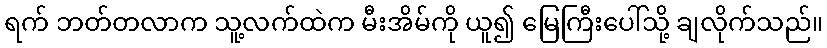
ရက် ဘတ်တလာက သူ့လက်ထဲက မီးအိမ်ကို ယူ၍ မြေကြီးပေါ်သို့ ချလိုက်သည်။